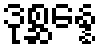
ဒုစ္ဆန္နေ